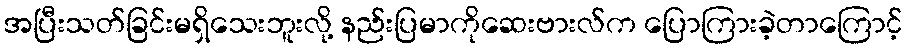
အပြီးသတ်ခြင်းမရှိသေးဘူးလို့ နည်းပြမာကိုဆေးဗားလ်က ပြောကြားခဲ့တာကြောင့်